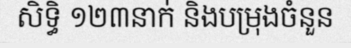
សិទ្ធិ ១២៣នាក់ និងបម្រុងចំនួន